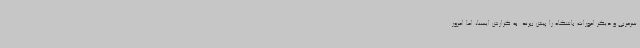
سرمربی و دیگر امورات باشگاه را پیش ببرند. به گزارش ایسنا، اما امروز